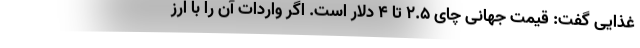
غذایی گفت: قیمت جهانی چای ۲.۵ تا ۴ دلار است. اگر واردات آن را با ارز